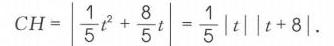
\(CH=\left|\frac{1}{5}t^{2}+\frac{8}{5}t\right|=\frac{1}{5}|t||t + 8|\).